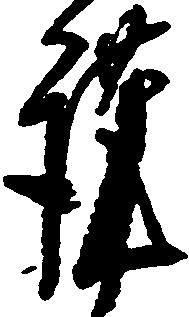
謹